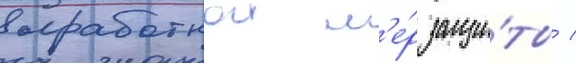
выработкои м'е́р защи́ты /